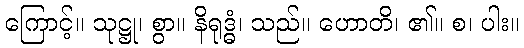
ကြောင့်။ သုဋ္ဌု၊ စွာ။ နိရုဒ္ဓံ၊ သည်။ ဟောတိ၊ ၏။ စ၊ ပါး။